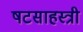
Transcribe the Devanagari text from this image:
षटसाहस्त्री